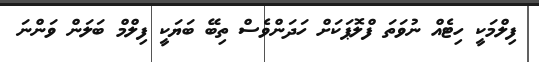
ފިލްމަކީ ހިޓެއް ނުވަތަ ފްލޮޕަކަށް ހަދަންވެސް ތިބޭ ބަޔަކީ ފިލްމް ބަލަން ވަންނަ